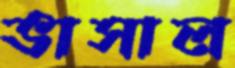
ভাসাল